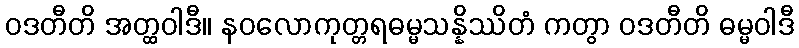
ဝဒတီတိ အတ္ထဝါဒီ။ နဝလောကုတ္တရဓမ္မသန္နိဿိတံ ကတွာ ဝဒတီတိ ဓမ္မဝါဒီ